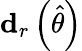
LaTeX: \mathbf{d}_{r}\left({\widehat{\theta}}\right)